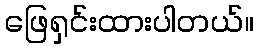
ဖြေရှင်းထားပါတယ်။